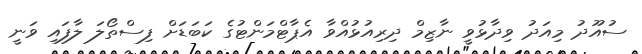
ސުއޫދު މިއަދު ވިދާޅުވީ ނާޒިމް ދިރިއުޅުއްވާ އެޕާޓްމަންޓުގެ ކަބަޑަށް ފިސްތޯލަ ލާފައި ވަނީ